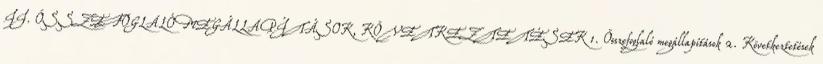
II. ÖSSZEFOGLALÓ MEGÁLLAPÍTÁSOK, KÖVETKEZTETÉSEK 1. Összefoglaló megállapítások 2. Következtetések